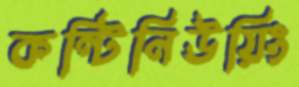
কন্টিনিউয়িং